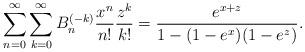
LaTeX: \begin{gather*} \sum_{n=0}^{\infty} \sum_{k=0}^{\infty} B_n^{(-k)} {{x^n \over n !}}{{z^k \over k !}} ={e^{x+z} \over {1-(1-e^x)(1-e^z)}}.\end{gather*}